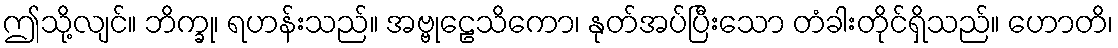
ဤသို့လျင်။ ဘိက္ခု၊ ရဟန်းသည်။ အဗ္ဗုဠေသိကော၊ နုတ်အပ်ပြီးသော တံခါးတိုင်ရှိသည်။ ဟောတိ၊